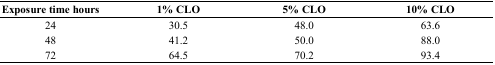
<table><thead><tr><td><b>Exposure time hours</b></td><td><b>1% CLO</b></td><td><b>5% CLO</b></td><td><b>10% CLO</b></td></tr></thead><tbody><tr><td>24</td><td>30.5</td><td>48.0</td><td>63.6</td></tr><tr><td>48</td><td>41.2</td><td>50.0</td><td>88.0</td></tr><tr><td>72</td><td>64.5</td><td>70.2</td><td>93.4</td></tr></tbody></table>